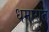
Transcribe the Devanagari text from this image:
धमारात